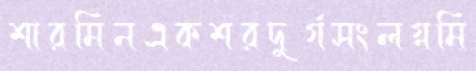
শারমিনএকশরদুর্গসংলগ্নমি